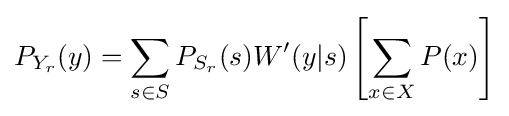
\displaystyle P_{Y_{r}}(y)=\sum _{s\in S}P_{S_{r}}(s)W'(y|s)\left[\sum _{x\in X}P(x)\right]